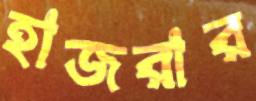
হাজরার